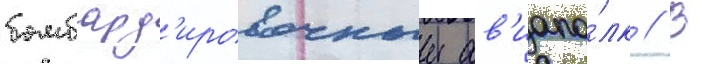
бомбард'ировочныи ав'иапо́лк // В